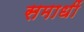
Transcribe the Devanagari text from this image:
समाधीं